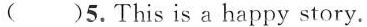
( )5.This is a happy story.